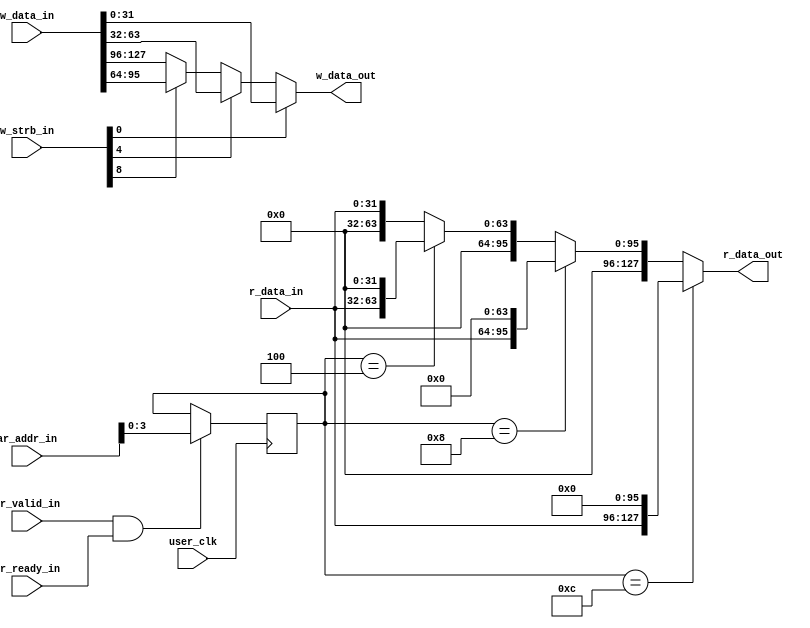
//-----------------------------------------------------------------------------
//
// (c) Copyright 2012-2013 Xilinx, Inc. All rights reserved.
//
// This file contains confidential and proprietary information of Xilinx, Inc.
// and is protected under U.S. and international copyright and other
// intellectual property laws.
//
// DISCLAIMER
//
// This disclaimer is not a license and does not grant any rights to the
// materials distributed herewith. Except as otherwise provided in a valid
// license issued to you by Xilinx, and to the maximum extent permitted by
// applicable law: (1) THESE MATERIALS ARE MADE AVAILABLE "AS IS" AND WITH ALL
// FAULTS, AND XILINX HEREBY DISCLAIMS ALL WARRANTIES AND CONDITIONS, EXPRESS,
// IMPLIED, OR STATUTORY, INCLUDING BUT NOT LIMITED TO WARRANTIES OF
// MERCHANTABILITY, NON-INFRINGEMENT, OR FITNESS FOR ANY PARTICULAR PURPOSE;
// and (2) Xilinx shall not be liable (whether in contract or tort, including
// negligence, or under any other theory of liability) for any loss or damage
// of any kind or nature related to, arising under or in connection with these
// materials, including for any direct, or any indirect, special, incidental,
// or consequential loss or damage (including loss of data, profits, goodwill,
// or any type of loss or damage suffered as a result of any action brought by
// a third party) even if such damage or loss was reasonably foreseeable or
// Xilinx had been advised of the possibility of the same.
//
// CRITICAL APPLICATIONS
//
// Xilinx products are not designed or intended to be fail-safe, or for use in
// any application requiring fail-safe performance, such as life-support or
// safety devices or systems, Class III medical devices, nuclear facilities,
// applications related to the deployment of airbags, or any other
// applications that could lead to death, personal injury, or severe property
// or environmental damage (individually and collectively, "Critical
// Applications"). Customer assumes the sole risk and liability of any use of
// Xilinx products in Critical Applications, subject only to applicable laws
// and regulations governing limitations on product liability.
//
// THIS COPYRIGHT NOTICE AND DISCLAIMER MUST BE RETAINED AS PART OF THIS FILE
// AT ALL TIMES.
//

module axilite_mux
(
input [15:0]  w_strb_in,
input [127:0] w_data_in,
input         ar_valid_in,
input         ar_ready_in,
input [31:0]  ar_addr_in,
input         user_clk,
input[31:0]   r_data_in,
output[127:0] r_data_out ,
output[31:0]  w_data_out

);

  reg [3:0] rd_addr_nibble = 4'd0;
  
    //- Extract out valid write data based on strobe
  assign w_data_out = w_strb_in[0] ? w_data_in[31:0] :
                  w_strb_in[4] ? w_data_in[63:32] :
                  w_strb_in[8] ? w_data_in[95:64] :
                  w_data_in[127:96];

    //- Latch onto the read address lowest nibble
  always @(posedge user_clk)
    if (ar_valid_in & ar_ready_in)
      rd_addr_nibble  <= ar_addr_in[3:0];

    //- Place the read 32-bit data into the appropriate 128-bit r_data_in
    //  location based on address nibble latched above
  assign r_data_out = (rd_addr_nibble == 4'hC) ? {r_data_in,96'd0} :
                            (rd_addr_nibble == 4'h8) ? {32'd0,r_data_in,64'd0} :
                            (rd_addr_nibble == 4'h4) ? {64'd0,r_data_in,32'd0} :
                            {96'd0,r_data_in};


endmodule